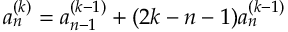
a _ { n } ^ { ( k ) } = a _ { n - 1 } ^ { ( k - 1 ) } + ( 2 k - n - 1 ) a _ { n } ^ { ( k - 1 ) }